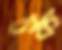
চক